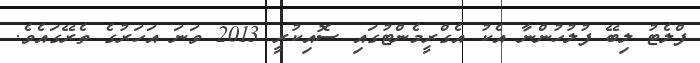
ފްލެޓު ލިބޭ ފުލުހުންނާ އެކު އެގްރީމެންޓުގައި ސޮއިކުރީ 2013 ވަނަ އަހަރުގެ ތެރޭގައެވެ.